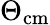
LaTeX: \Theta_{\mathrm{cm}}